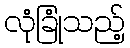
လုံခြုံသည့်